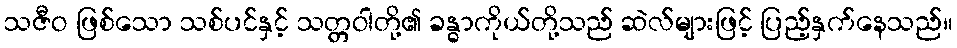
သဇီဝ ဖြစ်သော သစ်ပင်နှင့် သတ္တဝါတို့၏ ခန္ဓာကိုယ်တို့သည် ဆဲလ်များဖြင့် ပြည့်နှက်နေသည်။